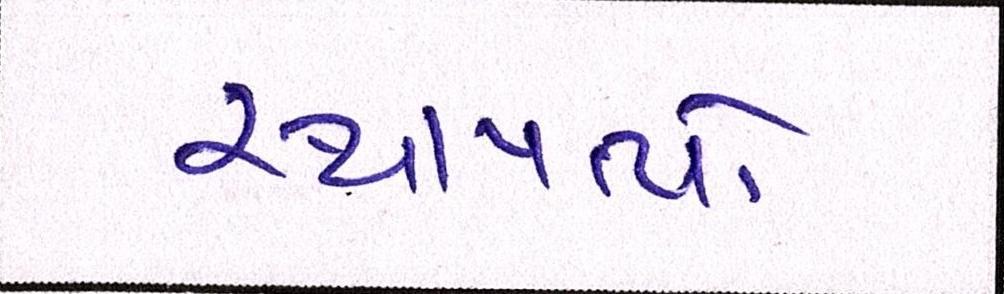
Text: સ્થાપત્યો